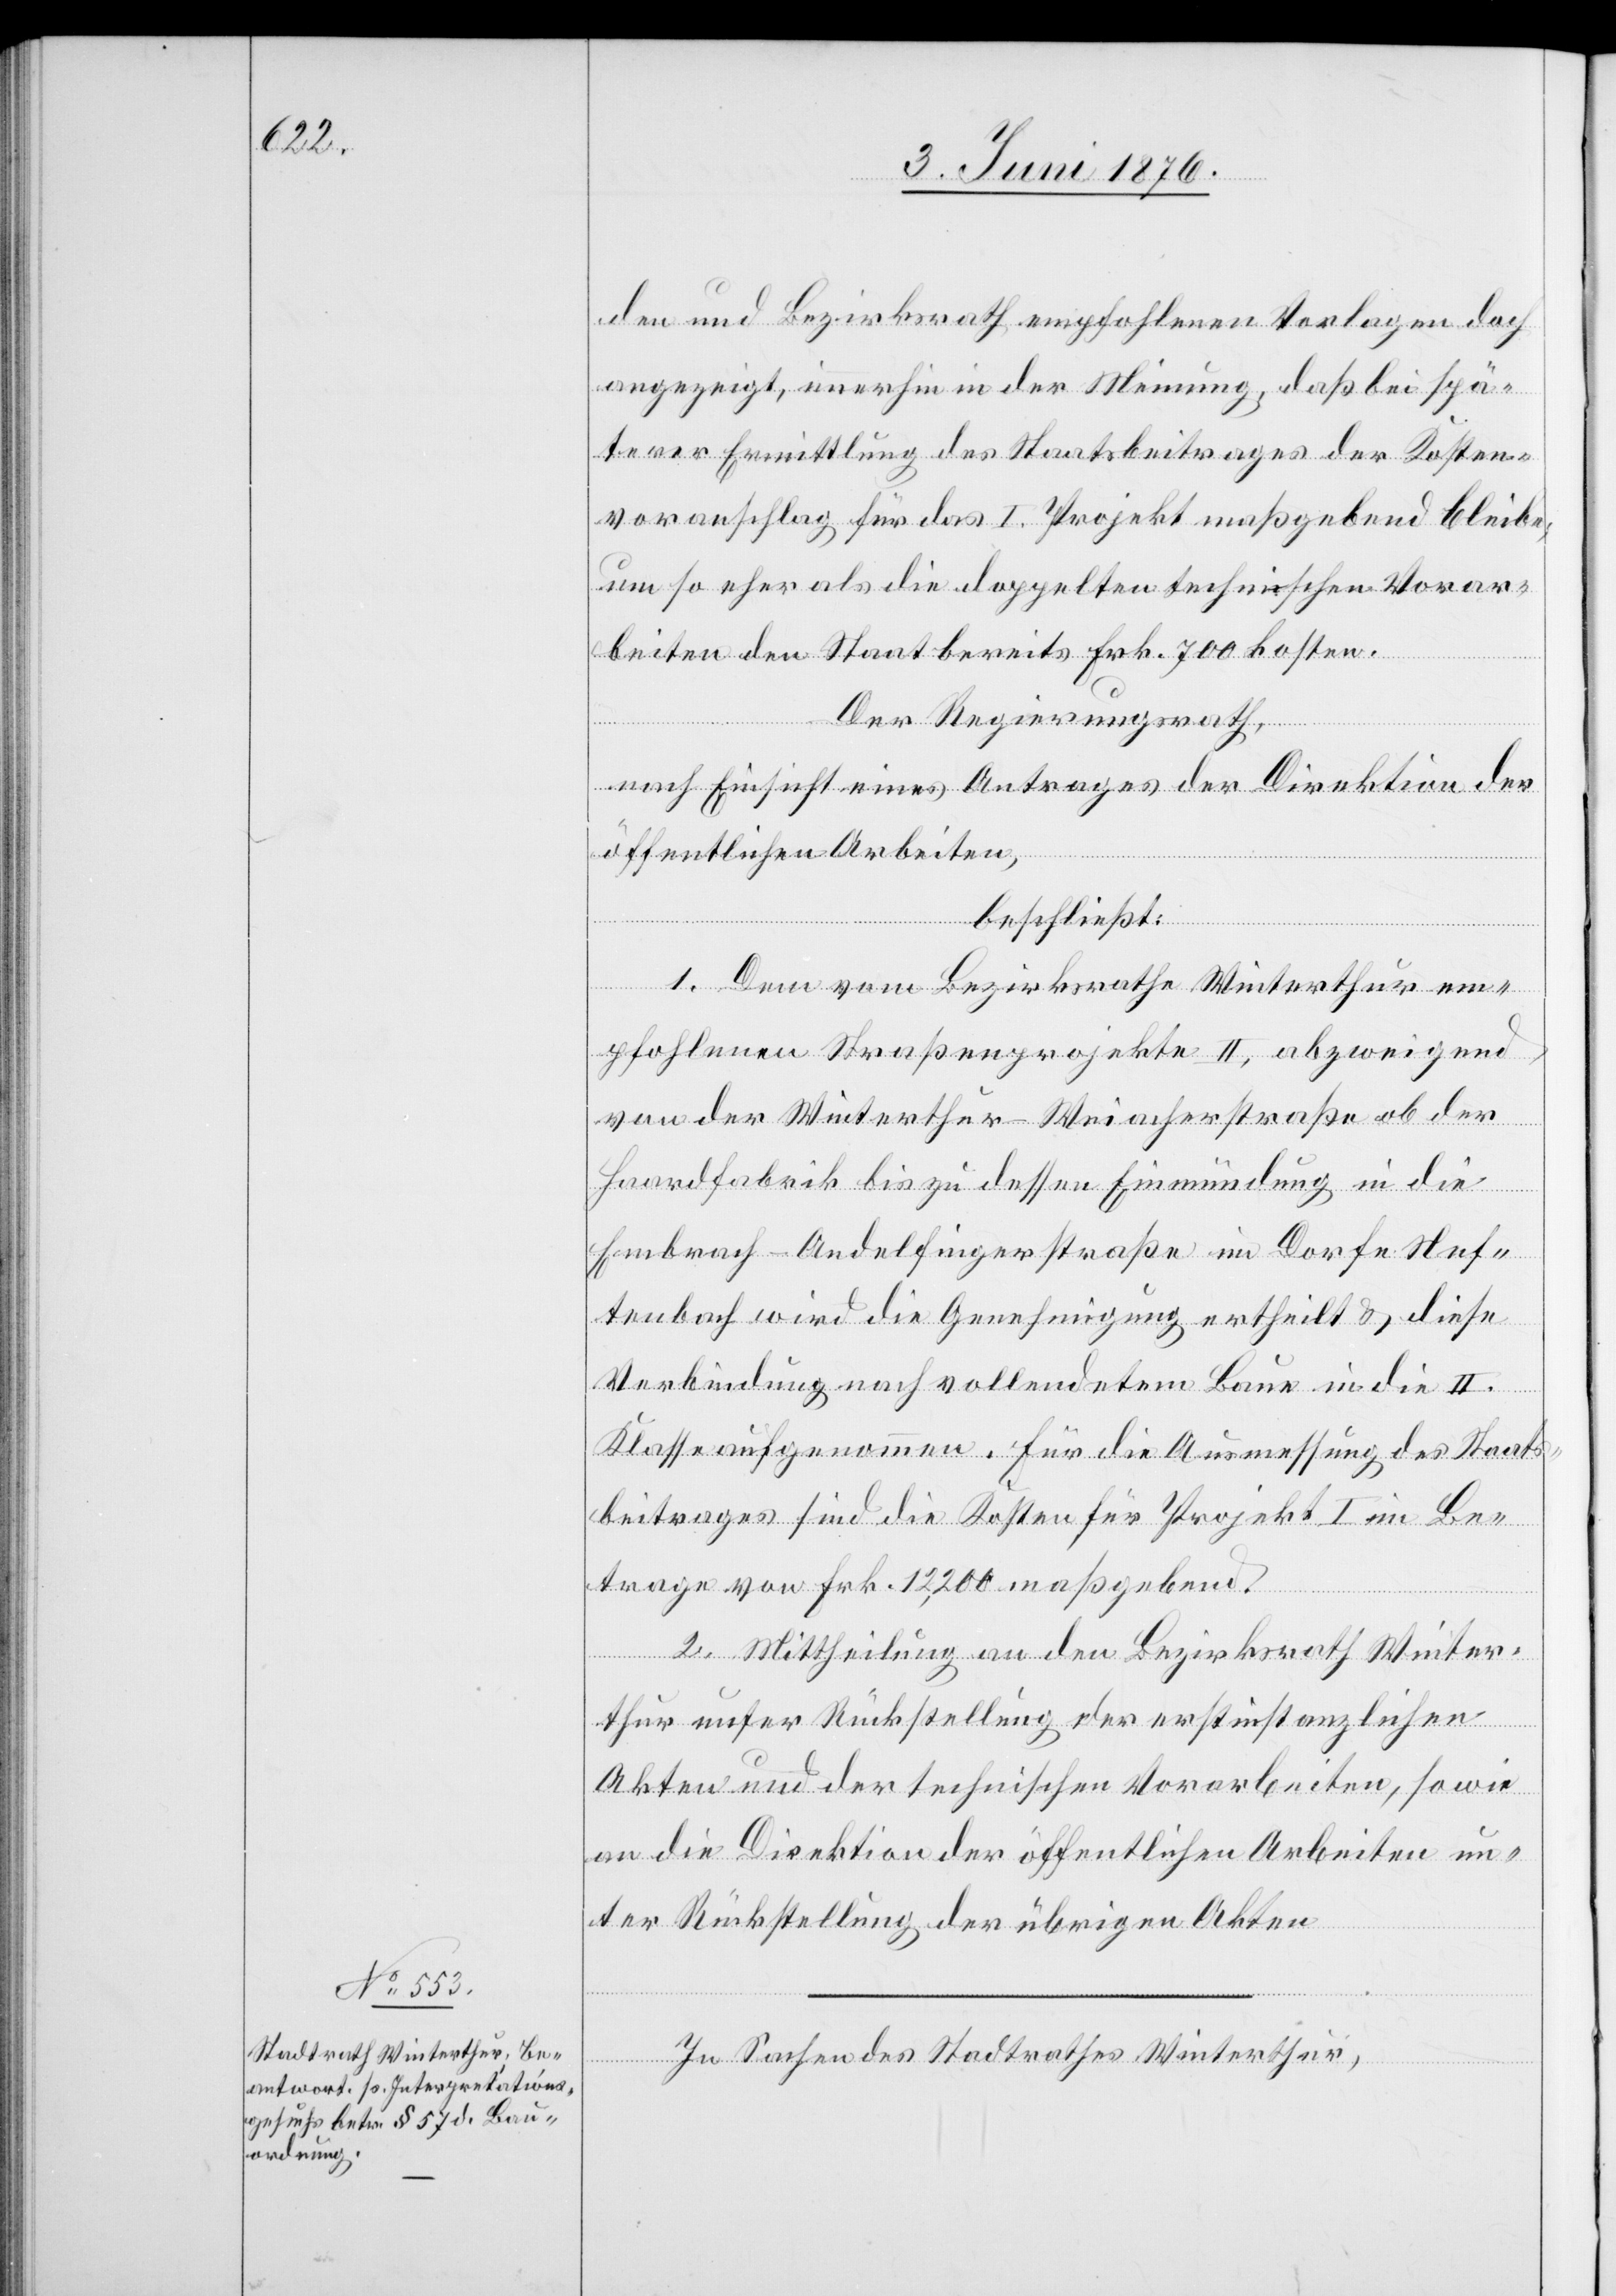
den und Bezirksrath empfohlenen Vorlagen doch
angezeigt, immerhin in der Meinung, daß bei spä¬
terer Ermittlung des Staatsbeitrages der Kosten¬
voranschlag für das I. Projekt maßgebend bleibe;
um so eher als die doppelten technischen Vorar¬
beiten den Staat bereits Frk. 700 kosten.
Der Regierungsrath,
nach Einsicht eines Antrages der Direktion der
öffentlichen Arbeiten
beschließt:
1. Dem vom Bezirksrathe Winterthur em¬
pfohlenen Straßenprojekte II, abzweigend
von der Winterthur–Weiacherstraße ob der
Haardfabrik bis zu dessen Einmündung in die
Embrach–Andelfingerstraße im Dorfe Nef¬
tenbach wird die Genehmigung ertheilt & diese
Verbindung nach vollendetem Baue in die II.
Klasse aufgenommen. Für die Ausmessung des Staats¬
beitrages sind die Kosten für Projekt I im Be¬
trage von Frk. 12,200 maßgebend.
2. Mittheilung an den Bezirksrath Winter¬
thur unter Rückstellung der erstinstanzlichen
Akten und der technischen Vorarbeiten, sowie
an die Direktion der öffentlichen Arbeiten un¬
ter Rückstellung der übrigen Akten.
In Sachen des Stadtrathes Winterthur,